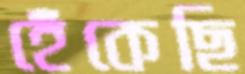
হেঁকেছি